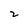
Character: 2